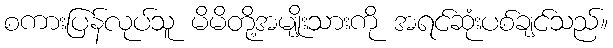
စကားပြန်လုပ်သူ မိမိတို့အမျိုးသားကို အရင်ဆုံးပစ်ချင်သည်။